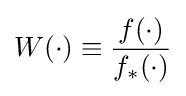
W(\cdot )\equiv {\frac {f(\cdot )}{f_{*}(\cdot )}}